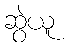
ဆွဲယူ